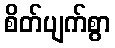
စိတ်ပျက်စွာ